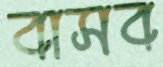
বাসব